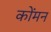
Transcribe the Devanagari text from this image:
कोंमन